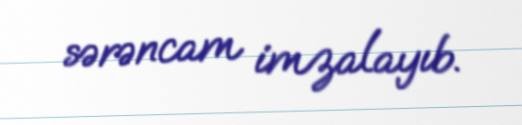
sərəncam imzalayıb.